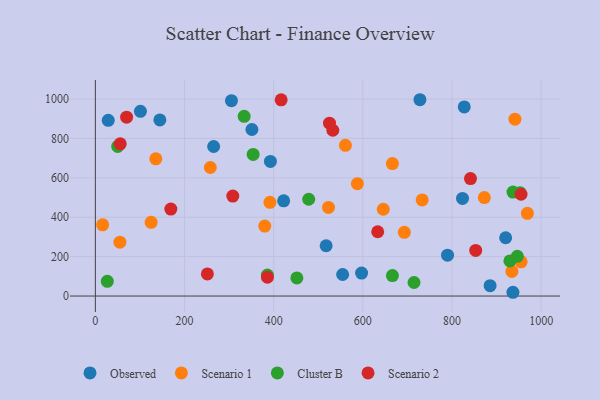
{"axis": {"x": "Experience", "y": "Profit"}, "legend": ["Cluster B", "Observed", "Scenario 1", "Scenario 2"], "data": [{"x": "265.3", "y": 759.1, "type": "Observed"}, {"x": "422.4", "y": 483.4, "type": "Observed"}, {"x": "28.9", "y": 891.9, "type": "Observed"}, {"x": "101.1", "y": 937.3, "type": "Observed"}, {"x": "728.1", "y": 996.4, "type": "Observed"}, {"x": "305.3", "y": 991.8, "type": "Observed"}, {"x": "936.7", "y": 19.1, "type": "Observed"}, {"x": "517.7", "y": 255.3, "type": "Observed"}, {"x": "351.2", "y": 845.3, "type": "Observed"}, {"x": "920.4", "y": 295.9, "type": "Observed"}, {"x": "885.5", "y": 52.8, "type": "Observed"}, {"x": "392.7", "y": 683.2, "type": "Observed"}, {"x": "144.7", "y": 894.1, "type": "Observed"}, {"x": "823.6", "y": 495.2, "type": "Observed"}, {"x": "790.0", "y": 207.3, "type": "Observed"}, {"x": "554.7", "y": 109.2, "type": "Observed"}, {"x": "827.5", "y": 960.0, "type": "Observed"}, {"x": "597.2", "y": 116.4, "type": "Observed"}, {"x": "693.1", "y": 323.5, "type": "Scenario 1"}, {"x": "560.9", "y": 765.1, "type": "Scenario 1"}, {"x": "941.2", "y": 897.6, "type": "Scenario 1"}, {"x": "666.3", "y": 672.3, "type": "Scenario 1"}, {"x": "257.9", "y": 652.3, "type": "Scenario 1"}, {"x": "135.6", "y": 696.2, "type": "Scenario 1"}, {"x": "391.6", "y": 475.9, "type": "Scenario 1"}, {"x": "587.8", "y": 570.1, "type": "Scenario 1"}, {"x": "16.3", "y": 361.7, "type": "Scenario 1"}, {"x": "872.6", "y": 499.7, "type": "Scenario 1"}, {"x": "733.1", "y": 487.7, "type": "Scenario 1"}, {"x": "934.4", "y": 124.7, "type": "Scenario 1"}, {"x": "55.0", "y": 273.3, "type": "Scenario 1"}, {"x": "380.0", "y": 354.9, "type": "Scenario 1"}, {"x": "645.8", "y": 440.5, "type": "Scenario 1"}, {"x": "969.1", "y": 420.0, "type": "Scenario 1"}, {"x": "955.1", "y": 173.6, "type": "Scenario 1"}, {"x": "523.0", "y": 449.9, "type": "Scenario 1"}, {"x": "125.1", "y": 374.1, "type": "Scenario 1"}, {"x": "929.9", "y": 178.4, "type": "Cluster B"}, {"x": "714.8", "y": 68.8, "type": "Cluster B"}, {"x": "385.9", "y": 106.2, "type": "Cluster B"}, {"x": "946.6", "y": 201.4, "type": "Cluster B"}, {"x": "26.8", "y": 74.5, "type": "Cluster B"}, {"x": "452.0", "y": 91.7, "type": "Cluster B"}, {"x": "50.1", "y": 759.2, "type": "Cluster B"}, {"x": "333.8", "y": 912.0, "type": "Cluster B"}, {"x": "354.0", "y": 718.7, "type": "Cluster B"}, {"x": "478.6", "y": 491.3, "type": "Cluster B"}, {"x": "666.4", "y": 104.0, "type": "Cluster B"}, {"x": "936.8", "y": 527.8, "type": "Cluster B"}, {"x": "952.6", "y": 524.7, "type": "Cluster B"}, {"x": "308.3", "y": 507.6, "type": "Scenario 2"}, {"x": "853.2", "y": 231.6, "type": "Scenario 2"}, {"x": "633.4", "y": 326.4, "type": "Scenario 2"}, {"x": "169.3", "y": 441.2, "type": "Scenario 2"}, {"x": "251.3", "y": 112.0, "type": "Scenario 2"}, {"x": "416.8", "y": 996.1, "type": "Scenario 2"}, {"x": "841.5", "y": 596.2, "type": "Scenario 2"}, {"x": "532.7", "y": 841.5, "type": "Scenario 2"}, {"x": "954.9", "y": 516.7, "type": "Scenario 2"}, {"x": "55.8", "y": 772.5, "type": "Scenario 2"}, {"x": "70.1", "y": 907.7, "type": "Scenario 2"}, {"x": "525.2", "y": 877.6, "type": "Scenario 2"}, {"x": "386.0", "y": 95.4, "type": "Scenario 2"}]}